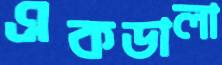
একডালা